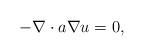
LaTeX: \begin{align*}-\nabla\cdot a\nabla u=0,\end{align*}